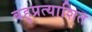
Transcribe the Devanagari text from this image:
बहुप्रत्याशित